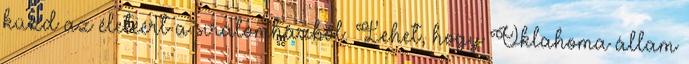
küzd az életéért a siralomházból. Lehet, hogy Oklahoma állam